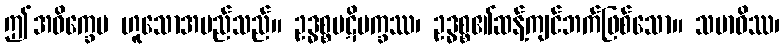
ဤအဝိက္ခေပ ဟူသောအမည်သည်။ ဥဒ္ဓစ္စပဋိပက္ခဿ၊ ဥဒ္ဓစ္စ၏ဆန့်ကျင်ဘက်ဖြစ်သော။ သမာဓိဿ၊